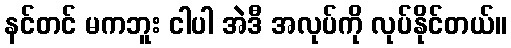
နင်တင် မကဘူး ငါပါ အဲဒီ အလုပ်ကို လုပ်နိုင်တယ်။